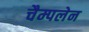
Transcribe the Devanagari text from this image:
चैम्पलेन